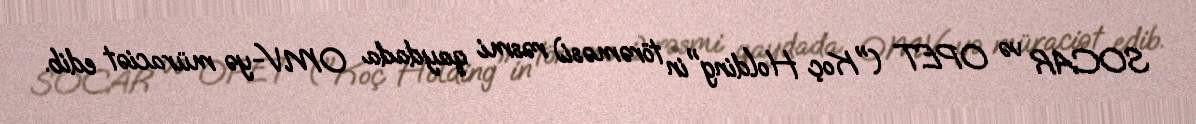
SOCAR və OPET ("Koç Holding"in törəməsi) rəsmi qaydada OMV-yə müraciət edib.